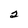
Character: 2